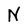
Character: N